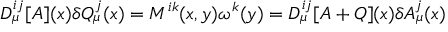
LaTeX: D _ { \mu } ^ { i j } [ A ] ( x ) \delta Q _ { \mu } ^ { j } ( x ) = M ^ { i k } ( x , y ) \omega ^ { k } ( y ) = D _ { \mu } ^ { i j } [ A + Q ] ( x ) \delta A _ { \mu } ^ { j } ( x )